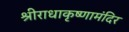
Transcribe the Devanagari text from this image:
श्रीराधाकृष्णामंदिर